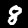
Label: 8